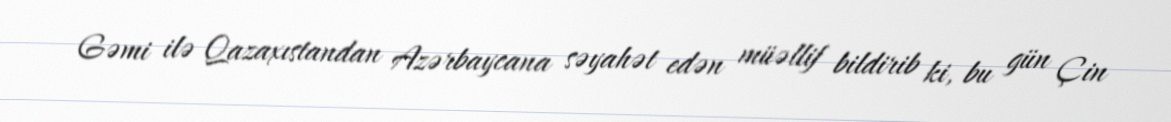
Gəmi ilə Qazaxıstandan Azərbaycana səyahət edən müəllif bildirib ki, bu gün Çin